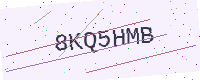
Text: 8KQ5HMB